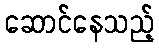
ဆောင်နေသည့်